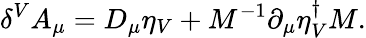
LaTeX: \delta^{V}A_{\mu}=D_{\mu}\eta_{V}+M^{-1}\partial_{\mu}\eta_{V}^{\dagger}M.